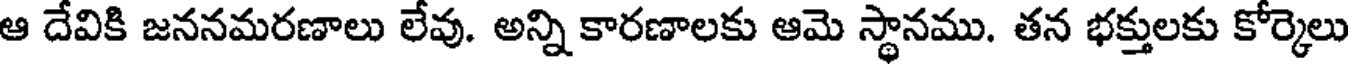
ఆ దేవికి జననమరణాలు లేవు. అన్ని కారణాలకు ఆమె స్థానము. తన భక్తులకు కోర్కెలు